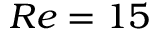
R e = 1 5